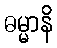
ဓမ္မာနိ